Newspaper: The Stark County Democrat. [volume]
Place of publication: Canton, Ohio
Publisher: W. & G. Dunbar, Jr.
Date: 1870-06-01 00:00:00
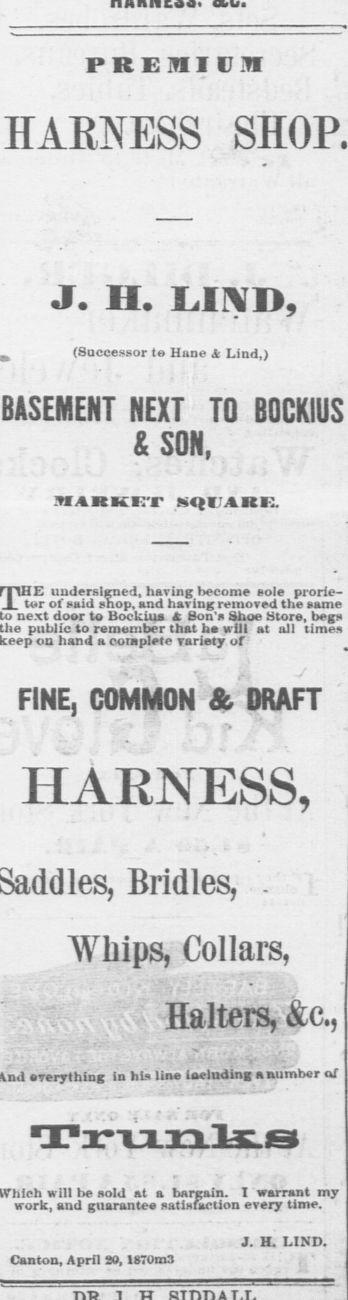
Advertisement text (OCR):
PREmiDHI HARNESS J. II. LIND, (Successor te Hane ic Lind,) BASEMENT NEXT TO BOCKIUS & SON, uuderslKned, having become cole prorie- l wr oi fcuiu enop, ana naving removea tne atne next door to Bockius t Son Shoe Store, begn public to remember that ho will at ail time ou hand a coraplete variety of FINE, COMMON & DRAFT HARNESS, Bridles, . Whips, Collars, Halters, &c, everything in his line including a number at I warrant my work, and guarantee natiHlaction every time. J. H. LIND. Canton, April SO, 18T0n3
Label: text-only